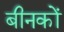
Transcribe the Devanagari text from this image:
बीनकों